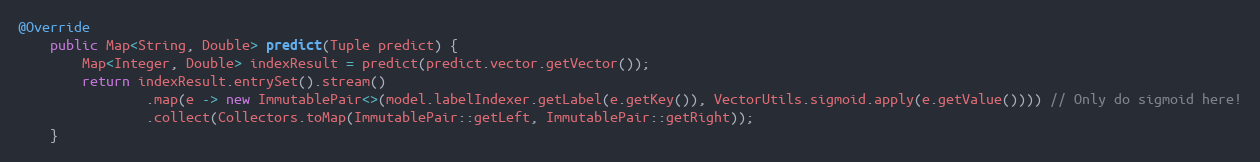
Language: Java
@Override
    public Map<String, Double> predict(Tuple predict) {
        Map<Integer, Double> indexResult = predict(predict.vector.getVector());
        return indexResult.entrySet().stream()
                .map(e -> new ImmutablePair<>(model.labelIndexer.getLabel(e.getKey()), VectorUtils.sigmoid.apply(e.getValue()))) // Only do sigmoid here!
                .collect(Collectors.toMap(ImmutablePair::getLeft, ImmutablePair::getRight));
    }